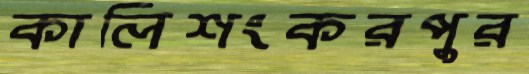
কালিশংকরপুর